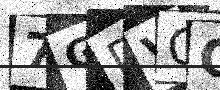
Text: 7GDVCQ